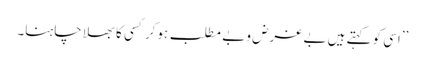
’’اسی کو کہتے ہیں بے غرض و بے مطلب ہوکر کسی کا بھلا چاہنا۔